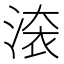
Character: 𣸳